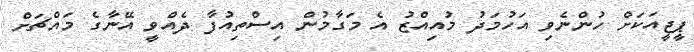
ޕީޖީއަކަށް ހުންނެވި އަހުމަދު މުއިއްޒު އެ މަގާމުން އިސްތިއުފާ ދެއްވީ އޭނާގެ މައްޗަށް